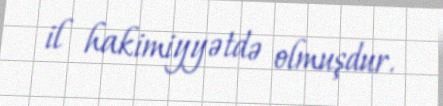
il hakimiyyətdə olmuşdur.